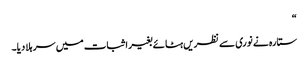
“
ستارہ نے نوری سے نظریں ہٹائے بغیر اثبات میں سر ہلا دیا۔